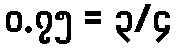
၀.၇၅ = ၃/၄